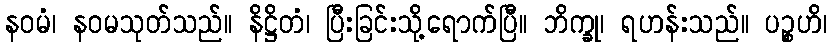
နဝမံ၊ နဝမသုတ်သည်။ နိဋ္ဌိတံ၊ ပြီးခြင်းသို့ရောက်ပြီ။ ဘိက္ခု၊ ရဟန်းသည်။ ပဉ္စဟိ၊